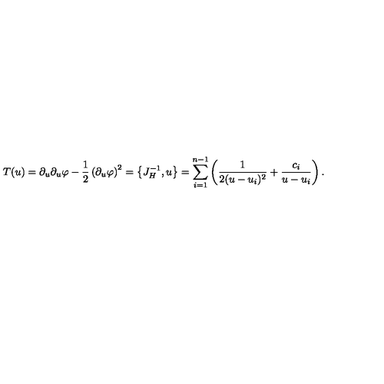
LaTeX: T ( u ) = \partial _ { u } \partial _ { u } \varphi - { \frac { 1 } { 2 } } \left( \partial _ { u } \varphi \right) ^ { 2 } = \left\{ J _ { H } ^ { - 1 } , u \right\} = \sum _ { i = 1 } ^ { n - 1 } \left( { \frac { 1 } { 2 ( u - u _ { i } ) ^ { 2 } } } + { \frac { c _ { i } } { u - u _ { i } } } \right) .